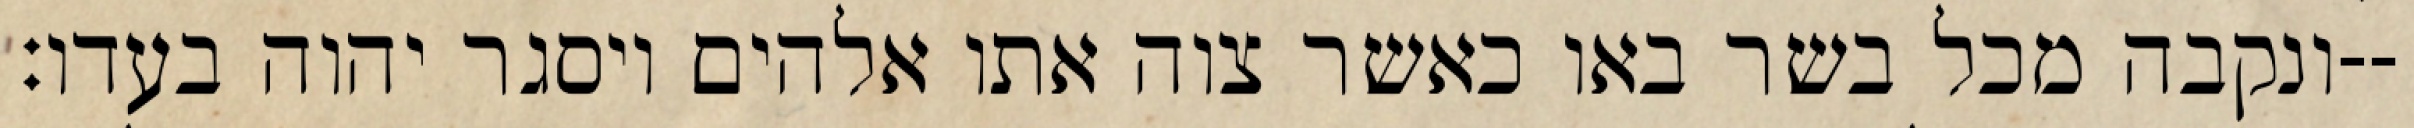
ונקבה מכל בשר באו כאשר צוה אתו אלהים ויסגר יהוה בעדו׃--